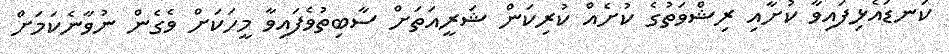
ކަނޑައެޅިފައިވާ ކުށާއި ރިޝްވަތުގެ ކުށެއް ކުރިކަން ޝަރީއަތަށް ސާބިތުވެފައިވާ މީހަކަށް ވެގެން ނުވާނެކަމަށް